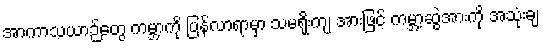
အာကာသယာဉ်တွေ ကမ္ဘာကို ပြန်လာရာမှာ သမရိုးကျ အားဖြင့် ကမ္ဘာ့ဆွဲအားကို အသုံးချ